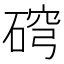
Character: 𥓰